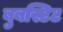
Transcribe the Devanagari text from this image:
बुबस्टिट